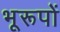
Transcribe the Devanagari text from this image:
भूरूपों